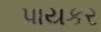
પાયકર